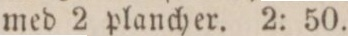
med 2 plancher. 2: 50.